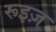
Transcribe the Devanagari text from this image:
रूइज़